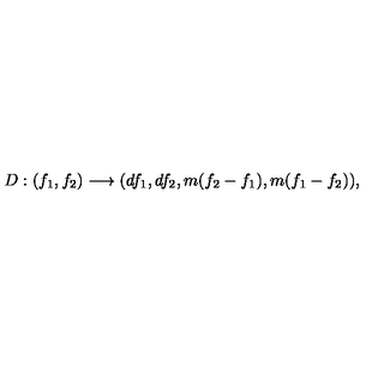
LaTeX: D : ( f _ { 1 } , f _ { 2 } ) \longrightarrow ( d f _ { 1 } , d f _ { 2 } , m ( f _ { 2 } - f _ { 1 } ) , m ( f _ { 1 } - f _ { 2 } ) ) ,